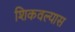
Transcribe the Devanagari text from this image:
शिकवल्यास